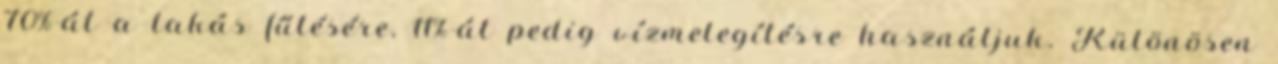
70%-át a lakás fűtésére, 11%-át pedig vízmelegítésre használjuk. Különösen